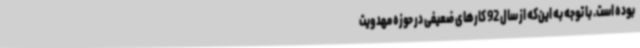
بوده است. با توجه به این‌که از سال 92 کارهای ضعیفی در حوزه مهدویت